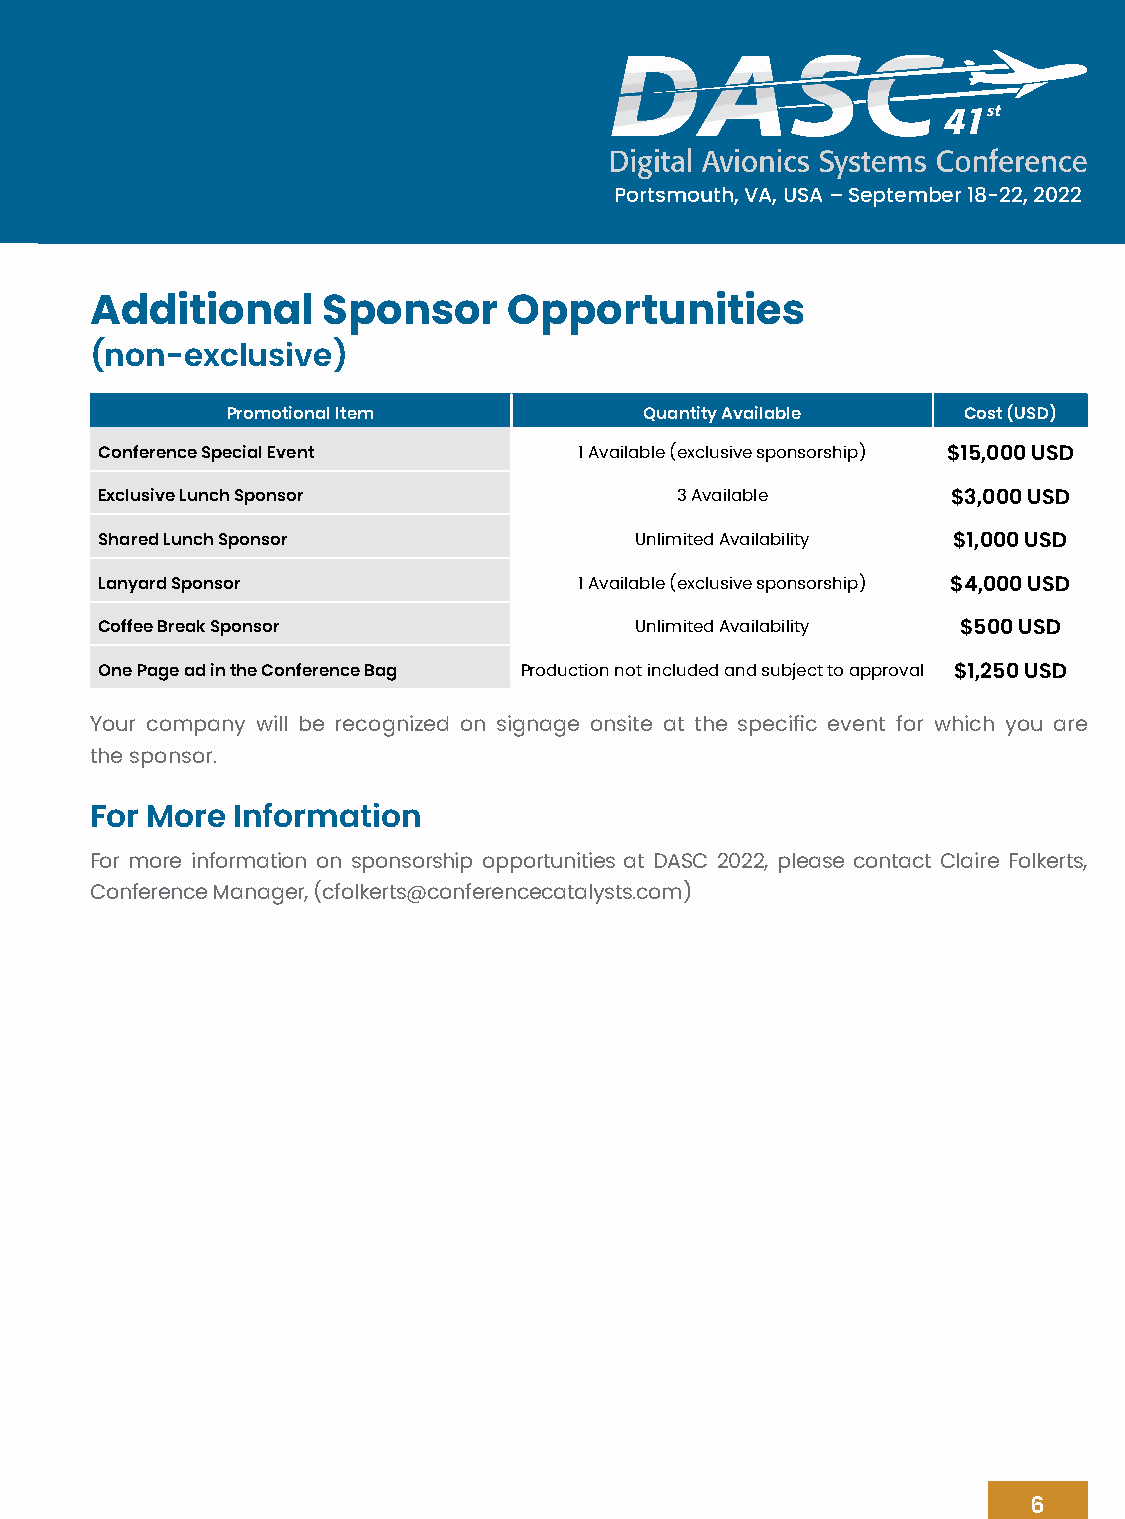
41st
 Portsmouth, VA, USA – September 18-22, 2022
 Additional     Sponsor      Opportunities
 (non-exclusive)
 Promotional Item            Quantity Available   Cost (USD)
 Conference Special Event       1 Available (exclusive sponsorship) $15,000 USD
 Exclusive Lunch Sponsor               3 Available       $3,000 USD
 Shared Lunch Sponsor               Unlimited Availability $1,000 USD
 Lanyard Sponsor                1 Available (exclusive sponsorship) $4,000 USD
 Coffee Break Sponsor               Unlimited Availability $500 USD
 One Page ad in the Conference Bag Production not included and subject to approval $1,250 USD
 Your company will be recognized on signage onsite at the specific event for which you are
 the sponsor.
 For More Information
 For more information on sponsorship opportunities at DASC 2022, please contact Claire Folkerts,
 Conference Manager, (cfolkerts@conferencecatalysts.com)
 6